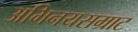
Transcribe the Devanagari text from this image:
अभिनयसम्राट